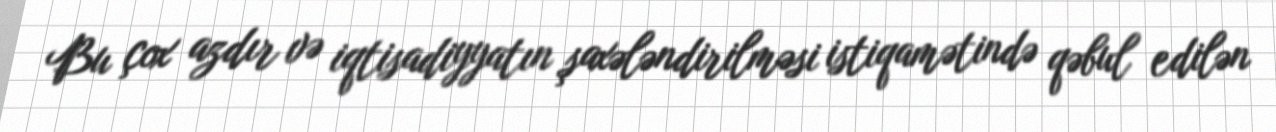
Bu çox azdır və iqtisadiyyatın şaxələndirilməsi istiqamətində qəbul edilən